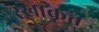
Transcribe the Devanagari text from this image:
रेखाकृत